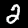
Digit: 2